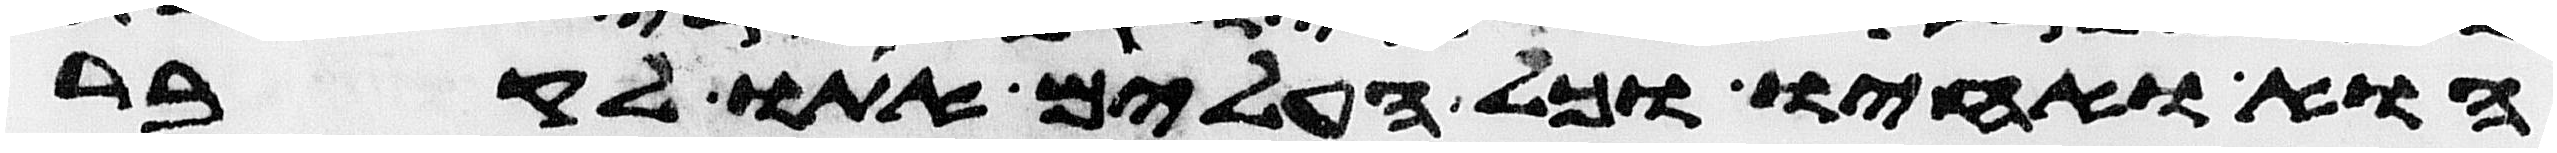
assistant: הוא ואחיו וכל העלים אתו לקבר